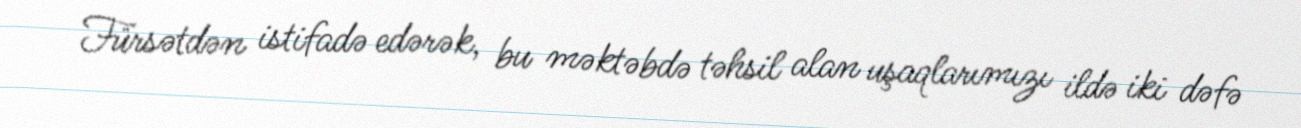
Fürsətdən istifadə edərək, bu məktəbdə təhsil alan uşaqlarımızı ildə iki dəfə